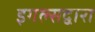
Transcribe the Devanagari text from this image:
इगल्सद्वारा